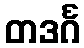
တဒင်္ဂ